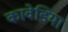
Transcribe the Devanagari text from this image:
कावेडिया